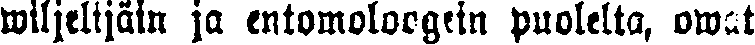
wiljelijäin ja entomologein puolelta, owat